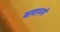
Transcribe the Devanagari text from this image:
बागानने